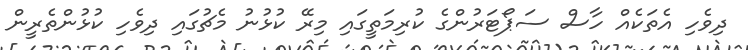
ދިވެހި އެތަކެއް ހާސް ސަޕޯޓަރުންގެ ކުރިމަތީގައި މިރޭ ކުޅުނު މެޗުގައި ދިވެހި ކުޅުންތެރީން